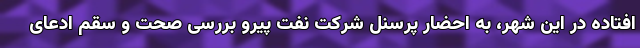
افتاده در این شهر، به احضار پرسنل شرکت نفت پیرو بررسی صحت و سقم ادعای